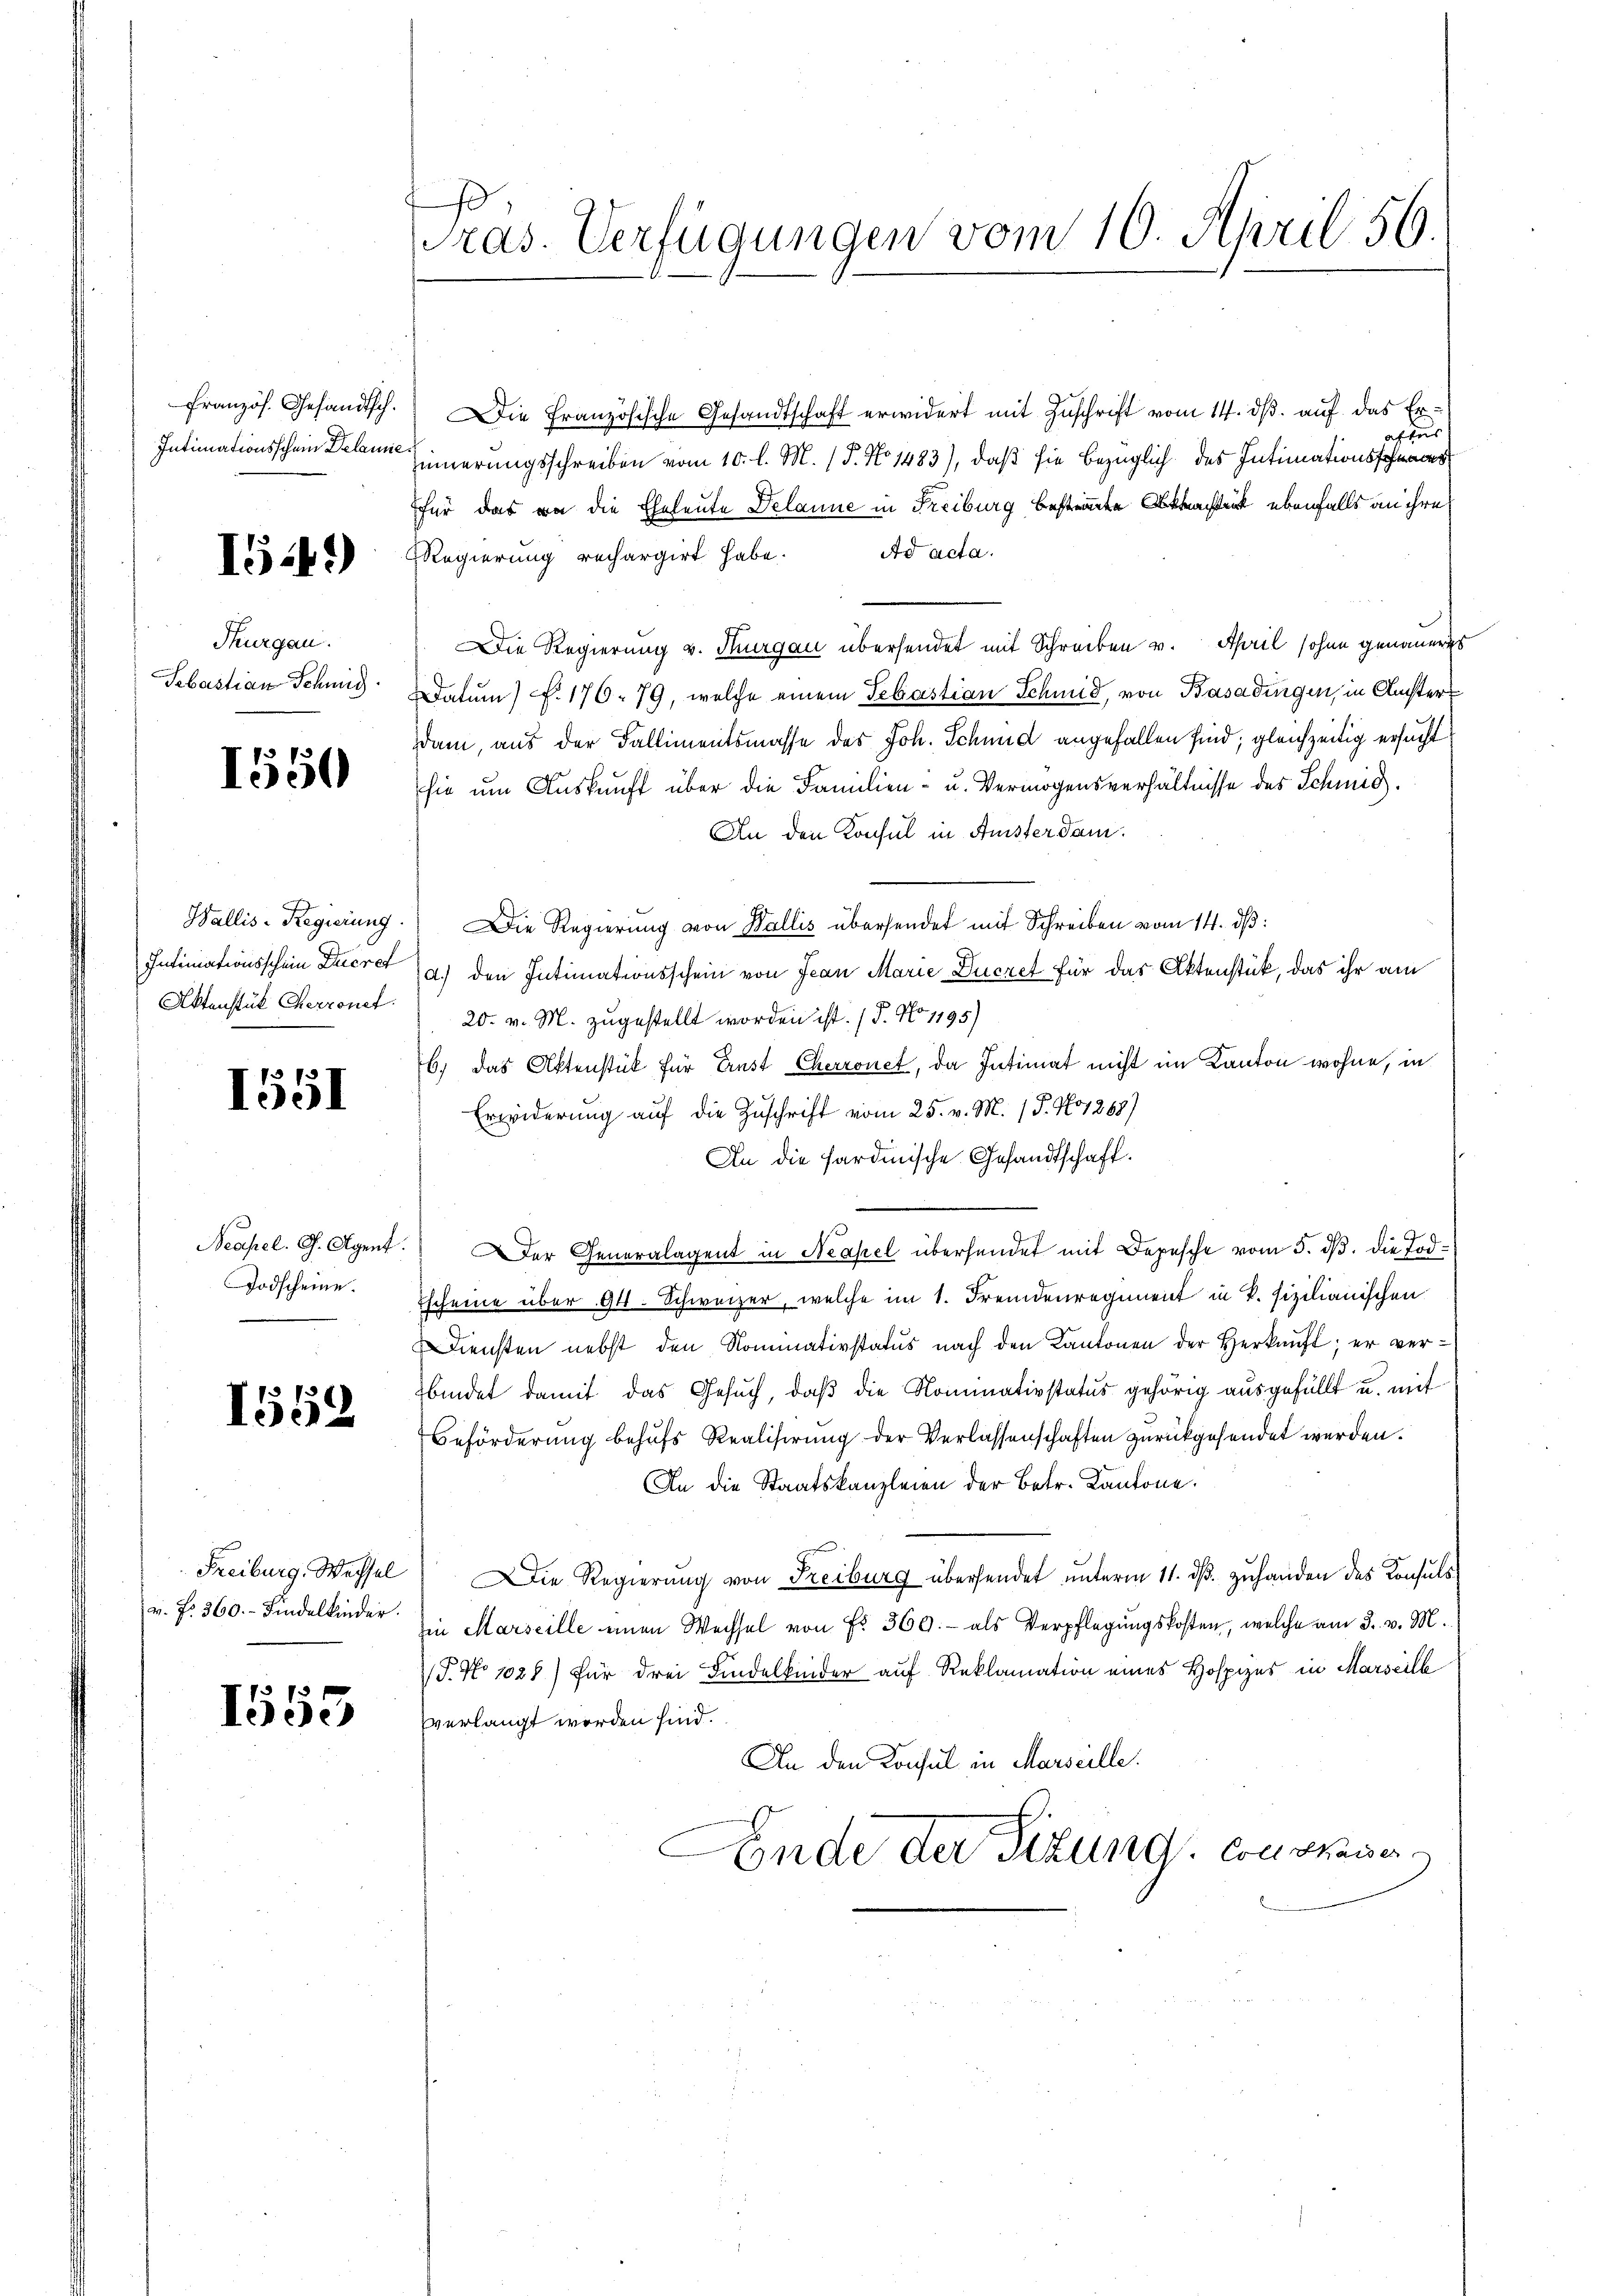
Französ. Gesandtsch.
Intimationsschein Delamie

I.41)

Thurgau.
Sebastian Schmid

1550

Wallis-Regierung.
Intimationsschein Decret
Aktenstük Cherronet

f
1051

Neapel. G. Agent
Todscheine.

1559

Freiburg, Wechsel
v. fr. 360.- Findelkinder.

1555

ras. Verfügungen vom 10. April 56.

ie französische Gesandtschaft erwidert mit Zuschrift vom 14. dβ. auf das Er-
aftes
innerungsschreiben vom 10. l. M. (T. No 1483), daß sie bezüglich des Intimationssch
für das an die Eheleute Delanne in Freiburg besteht ebenfalls an ihre
Ad acta.
Regierung rechargirt habe.
Die Regierung v. Thurgau übersendet mit Schreiben v. April sohne genaueres
Datum) f. 176. 79, welche einem Sebastian Schmid, von Basadingen, in Rechter
dam, aus der Fallimentsmasse des Joh. Schmid angefallen sind, gleichzeitig ersucht
sie um Auskunft über die Familien- u. Vermögensverhältnisse des Schmid
An den Konsul in Anster dam
Die Regierung von Wallis übersendet mit Schreiben vom 14. dβ:
d.) den Intimationsschein von Jean Marie Ducret für das Aktenstück, das ihr am
20. v. M. zugestellt worden ist. (T. No 1195)
b.) das Aktenstück für Ernst Cherronet, da Intimat nicht im Kanton wohne, in
Erwiderung auf die Zuschrift vom 25. v. M. (T. No 1288)
An die Sardinische Gesandtschaft.
er Generalagent in Neapel übersendet mit Depesche vom 5. ds. die Tod¬
Tscheine über 94. Schweizer, welche im 1. Fremdenregiment in P. fizilianischen
Diensten nebst den Kommativstatus nach den Kantonen der Herkunft; er verbindet damit das Gesuch, daß die Nominativstatus gehörig ausgefüllt u. mit
Beförderung behufs Realisirung der Verlassenschaften zurückgesendet werden.
An die Staatskanzleien der Betr. Kantone.
Die Regierŭng von Freiburg übersendet ŭnterm 11. dβ zŭ handen des Konsuls
in Marseille einen Wechsel von Fr. 360.- als Verpflegungskosten, welche am 3. v. M.
P. No 1028) für drei Kindelkinder auf Reklamation eines Hospizes in Marseilb
vverlangt worden sind.
An den Konsul in Marseille.
Ende der Sitzung Contrage